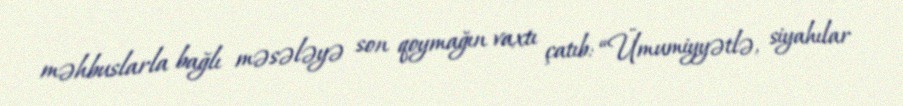
məhbuslarla bağlı məsələyə son qoymağın vaxtı çatıb: “Ümumiyyətlə, siyahılar